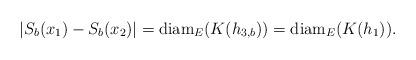
LaTeX: \begin{align*}|S_{b}(x_{1})-S_{b}(x_{2})|=\mbox{diam}_{E}(K(h_{3,b}))=\mbox{diam}_{E}(K(h_{1})).\end{align*}